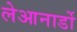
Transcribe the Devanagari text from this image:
लेआनार्डो